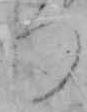
つ